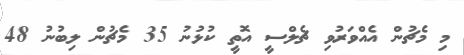
މި މެޗުން އެއްވަރުވި ޗެލްސީ އޮތީ ކުޅުނު 35 މެޗުން ލިބުނު 48